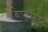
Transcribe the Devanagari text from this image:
बाप्टीस्ट